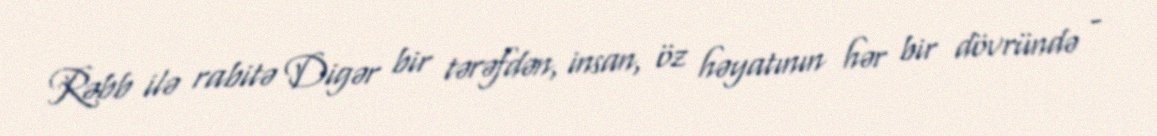
Rəbb ilə rabitə Digər bir tərəfdən, insan, öz həyatının hər bir dövründə -